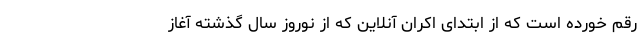
رقم خورده است که از ابتدای اکران آنلاین که از نوروز سال گذشته آغاز